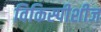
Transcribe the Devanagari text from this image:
विकिस्पीशीज